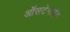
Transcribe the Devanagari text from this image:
ऑसटेनाईट